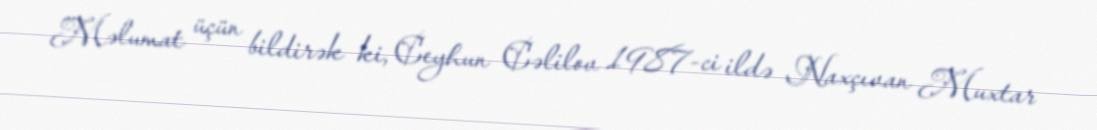
Məlumat üçün bildirək ki, Ceyhun Cəlilov 1987-ci ildə Naxçıvan Muxtar